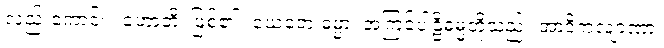
လည်းကောင်း။ ဟောတိ၊ ဖြစ်၏။ ယေတေ ဓမ္မာ၊ အကြင်ပါဠိဓမ္မတို့သည်။ အာဒိကလျာဏာ၊